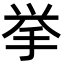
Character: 挙